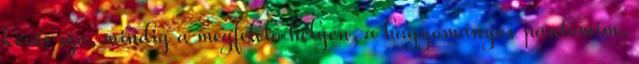
kevés szó, mindig a megfelelő helyen, a hagyományos pantomim,